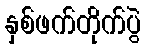
နှစ်ဖက်တိုက်ပွဲ